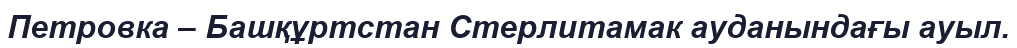
Петровка – Башқұртстан Стерлитамак ауданындағы ауыл.